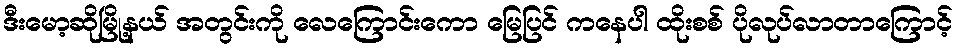
ဒီးမော့ဆိုမြို့နယ် အတွင်းကို လေကြောင်းကော မြေပြင် ကနေပါ ထိုးစစ် ပိုလုပ်လာတာကြောင့်